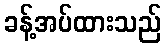
ခန့်အပ်ထားသည်